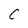
Character: C